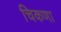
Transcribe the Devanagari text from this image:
चिकणा